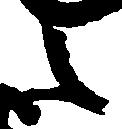
之